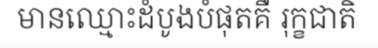
មានឈ្មោះដំបូងបំផុតគឺ រុក្ខជាតិ